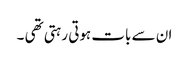
ان سے بات ہوتی رہتی تھی ۔